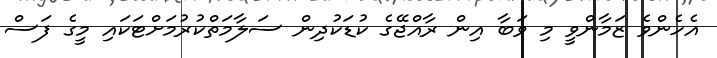
އެހެންވެ ޒަމާންވީ މި ވަބާ އިން ރާއްޖޭގެ ކުޑަކުދިން ސަލާމަތްކުރުމަށްޓަކައި މީގެ ފަސް